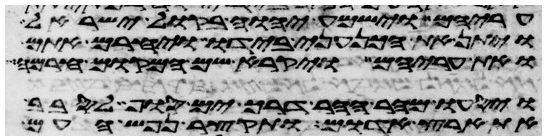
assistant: עריהם וישמע יהוה בקול ישראל
ויתן את הכנעני בידו ויחרם אתם
ואת עריהם ויקרא שם המקום חרמה
ויסעו מהר ההר דרך ים סוף לסבב
את ארץ אדום ותקצר נפש העם